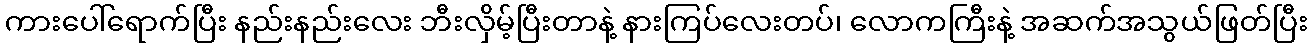
ကားပေါ်ရောက်ပြီး နည်းနည်းလေး ဘီးလှိမ့်ပြီးတာနဲ့ နားကြပ်လေးတပ်၊ လောကကြီးနဲ့ အဆက်အသွယ်ဖြတ်ပြီး